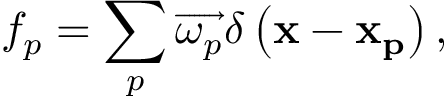
f _ { p } = \sum _ { p } \overrightarrow { \omega _ { p } } \delta \left( \mathbf { x } - \mathbf { x _ { p } } \right) ,